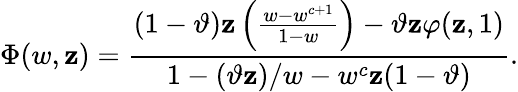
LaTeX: \Phi(w,\mathbf{z})=\frac{{(1-\vartheta)\mathbf{z}\left(\frac{{w-w^{c+1}}}{{1-w}}\right)-\vartheta\mathbf{z}\varphi(\mathbf{z},1)}}{{1-(\vartheta\mathbf{z})/w-w^{c}\mathbf{z}(1-\vartheta)}}.